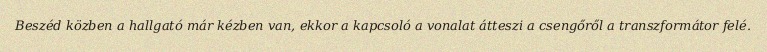
Beszéd közben a hallgató már kézben van, ekkor a kapcsoló a vonalat átteszi a csengőről a transzformátor felé.